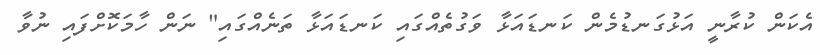
އެކަން ކުރާނީ އަޅުގަނޑުމެން ކަނޑައަޅާ ވަގުތެއްގައި ކަނޑައަޅާ ތަނެއްގައި" ނަން ހާމަކޮށްފައި ނުވާ